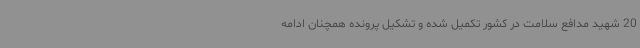
20 شهید مدافع سلامت در کشور تکمیل شده و تشکیل پرونده همچنان ادامه